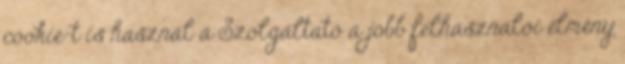
cookie-t is használ a Szolgáltató a jobb felhasználói élmény